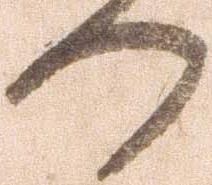
つ